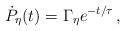
\begin{align*}\dot P_{\eta}(t)=\Gamma _{\eta}e^{-t/\tau} \, , \end{align*}